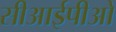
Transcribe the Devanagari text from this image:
सीआईपीओ